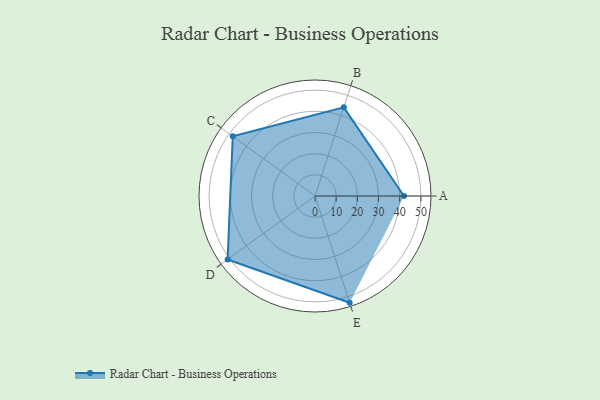
{"axis": {"x": "Skill", "y": "Score"}, "legend": ["Profile"], "data": [{"x": "A", "y": 42.0, "type": "Profile"}, {"x": "B", "y": 44.0, "type": "Profile"}, {"x": "C", "y": 48.0, "type": "Profile"}, {"x": "D", "y": 51.0, "type": "Profile"}, {"x": "E", "y": 53.0, "type": "Profile"}]}